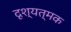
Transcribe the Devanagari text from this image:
दृश्यत्मक